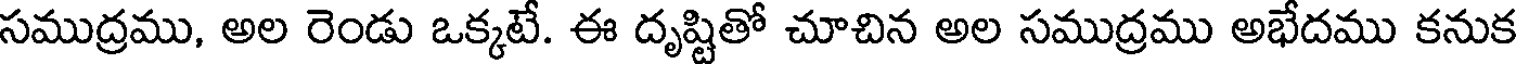
సముద్రము, అల రెండు ఒక్కటే. ఈ దృష్టితో చూచిన అల సముద్రము అభేదము కనుక